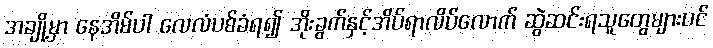
အချို့မှာ နေအိမ်ပါ လေလံပစ်ခံရ၍ အိုးခွက်နှင့်အိပ်ရာလိပ်လောက် ဆွဲဆင်းရသူတွေများပင်